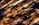
يأخذنا